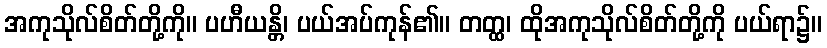
အကုသိုလ်စိတ်တို့ကို။ ပဟီယန္တိ၊ ပယ်အပ်ကုန်၏။ တတ္ထ၊ ထိုအကုသိုလ်စိတ်တို့ကို ပယ်ရာ၌။